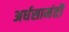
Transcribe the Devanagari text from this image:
अर्धसामंती